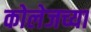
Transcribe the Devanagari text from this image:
कोलेजच्या